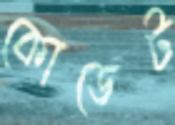
কোডেট